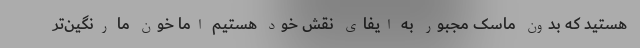
هستید که بدون ماسک مجبور به ایفای نقش خود هستیم اما خون ما رنگین‌تر